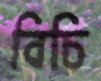
বিচি